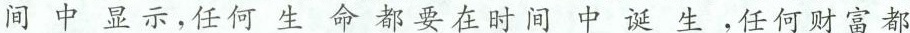
间中显示，任何生命都要在时间中诞生，任何财富都